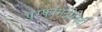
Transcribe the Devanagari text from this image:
परफॉर्मेटीविटी